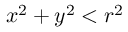
x ^ { 2 } + y ^ { 2 } < r ^ { 2 }